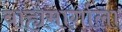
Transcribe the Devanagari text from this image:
बाह्यमार्गाला